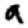
Digit: 9